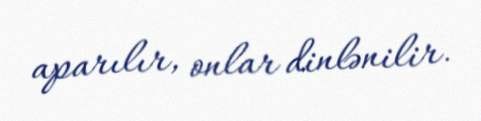
aparılır, onlar dinlənilir.